Indian journal of veterinary science and animal husbandry - Volume 4,
Year: 1934
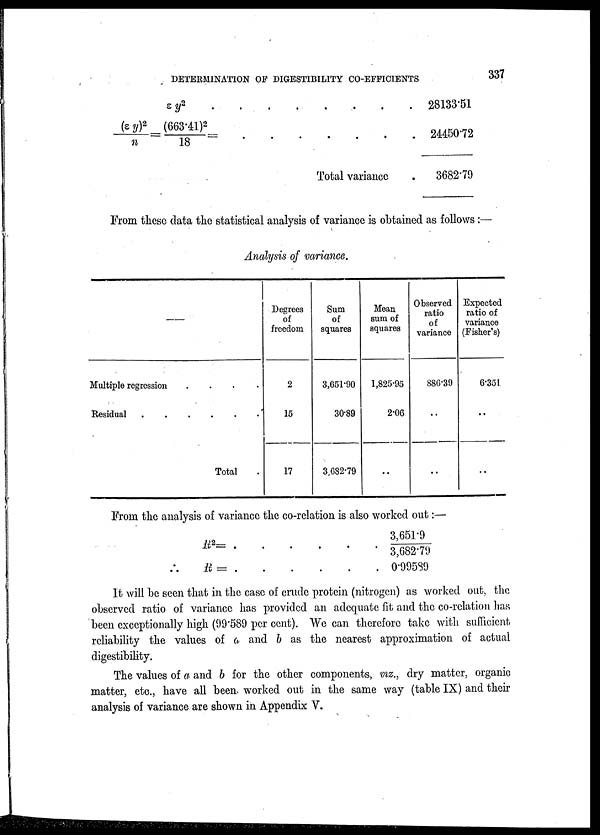
DETERMINATION OF DIGESTIBILITY CO-EFFICIENTS
337
ε
y 2
.
.
.
.
.
.
.
.
(ε y) 2 /n = (663.41) 2 /18 = . . . . . . .
Total variance .
28133.51
24450.72
3682.79
From these data the statistical analysis of variance is obtained as follows :—
Analysis of variance.
Multiple regression . . . .
Residual
.
.
.
.
.
.
Total
Degrees
of
freedom
2
15
17
Sum
of
squares
3,651.90
30.89
3.682.79
Mean
sum of
squares
1,825.95
2.06
..
Observed
ratio
of
variance
886.39
..
..
Expected
ratio of
variance
(Fisher's)
6.351.
..
..
From the analysis of variance the co-relation is also worked out :—
R 2 =
.
.
.
.
.
∴ R = . . . . . .
3,651.9
3,682.79
0.99589
It will be seen that in the case of crude protein (nitrogen) as worked out, the
observed ratio of variance has provided an adequate fit and the co-relation has
been exceptionally high (99.589 per cent). We can therefore take with sufficient
reliability the values of a and b as the nearest approximation of actual
digestibility.
The values of a and b for the other components, viz., dry matter, organic
matter, etc., have all been worked out in the same way (table IX) and their
analysis of variance are shown in Appendix V.